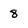
Character: 8